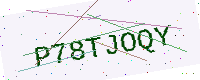
Text: P78TJOQY